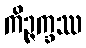
ကိဉ္ဇက္ခဿ